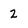
Character: 2